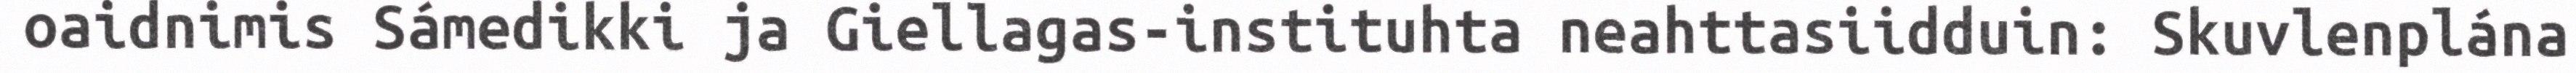
oaidnimis Sámedikki ja Giellagas-instituhta neahttasiidduin: Skuvlenplána